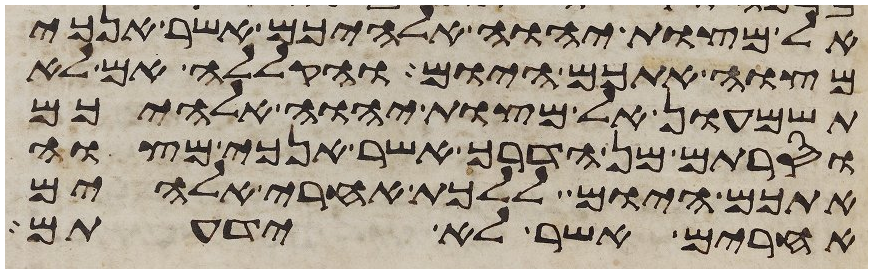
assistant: אל מצות יהוה אלהיכם אשר אנכי
מצוה אתכם היום והקללה אם לא
תשמעון אל מצות יהוה אלהיכם
וסרתם מן הדרך אשר אנכי מצוה
אתכם היום ללכת אחרי אלהים
אחרים אשר לא ידעתם